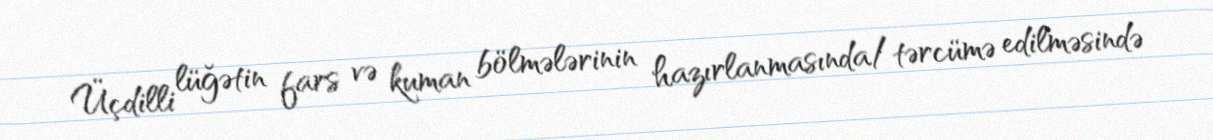
Üçdilli lüğətin fars və kuman bölmələrinin hazırlanmasında/tərcümə edilməsində